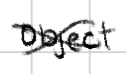
Text: object
Cross-out: cross
Writing tool: digital_black